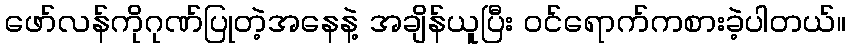
ဖော်လန်ကိုဂုဏ်ပြုတဲ့အနေနဲ့ အချိန်ယူပြီး ဝင်ရောက်ကစားခဲ့ပါတယ်။